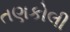
તણકોલી